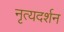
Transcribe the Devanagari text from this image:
नृत्यदर्शन